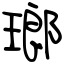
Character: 瑯